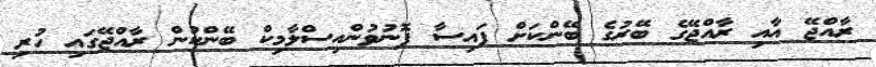
ރާއްޖޭ އާއި ރާއްޖޭގެ ބޭރުގެ ބޭންކަށް ފައިސާ ފޮނުވުންއިސްލާމިކް ބޭންކުން ރާއްޖޭގައި ހުރި